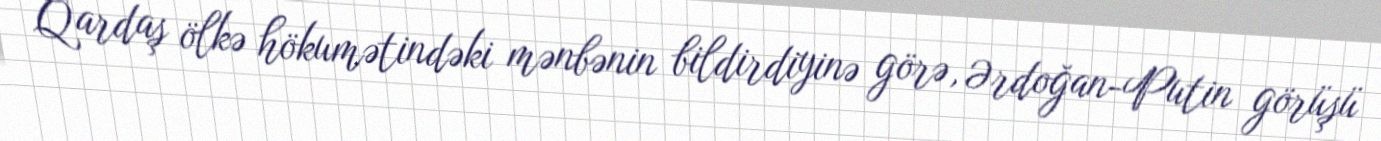
Qardaş ölkə hökumətindəki mənbənin bildirdiyinə görə, Ərdoğan-Putin görüşü